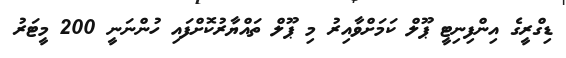
ޑިގްރީގެ އިންފިނިޓީ ޕޫލް ކަމަށްވާއިރު މި ޕޫލް ތައްޔާރުކޮށްފައި ހުންނަނީ 200 މީޓަރު